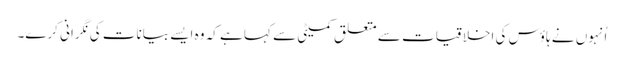
اُنہوں نے ہاؤس کی اخلاقیات سے متعلق کمیٹی سے کہا ہے کہ وہ ایسے بیانات کی نگرانی کرے۔